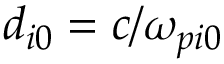
d _ { i 0 } = c / \omega _ { p i 0 }